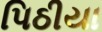
પિઠીયા